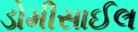
ડોમીસાઈલ